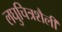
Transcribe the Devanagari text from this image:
लघुचित्रशैली